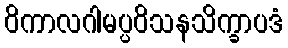
ဝိကာလဂါမပ္ပဝိသနသိက္ခာပဒံ